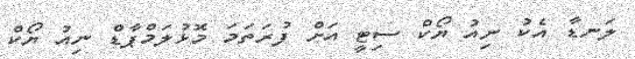
ލަނޑާ އެކު ނިއު ޔޯކް ސިޓީ އަށް ފުރަތަމަ މޮޅުލަމްޕާޑް ނިއު ޔޯކް